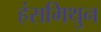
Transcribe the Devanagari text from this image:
हंसमिथुन